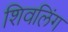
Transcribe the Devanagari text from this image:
शिवलिंंग